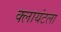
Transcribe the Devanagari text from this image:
क्लायंटला